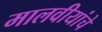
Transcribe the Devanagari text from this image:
मालवीयांचे